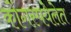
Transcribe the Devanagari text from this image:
कोंगस्पयेलेत